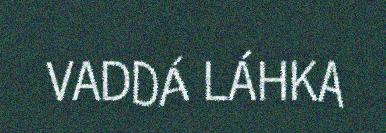
VADDÁ LÁHKA